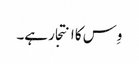
وِس کا انتجار ہے۔